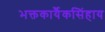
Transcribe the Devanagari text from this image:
भक्तकार्यैकसिंहाय